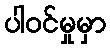
ပါဝင်မှုမှာ